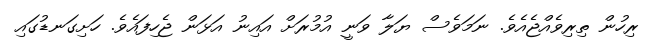
ރިހުން ތިރިވެއްޖެއެވެ. ނަމަވެސް ޔަލާ ވަނީ އުމުރަށް އައިނު އަޅަން ޖެހިފައެވެ. ހަށިގަނޑުގައި